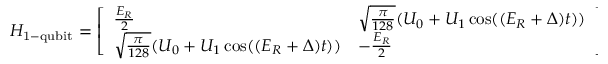
H _ { \mathrm { 1 - q u b i t } } = \left[ \begin{array} { l l } { \frac { E _ { R } } { 2 } } & { \sqrt { \frac { \pi } { 1 2 8 } } ( U _ { 0 } + U _ { 1 } \cos ( ( E _ { R } + \Delta ) t ) ) } \\ { \sqrt { \frac { \pi } { 1 2 8 } } ( U _ { 0 } + U _ { 1 } \cos ( ( E _ { R } + \Delta ) t ) ) } & { - \frac { E _ { R } } { 2 } } \end{array} \right] ,